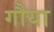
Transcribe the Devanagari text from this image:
गौया